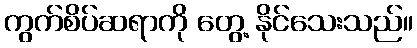
ကွက်စိပ်ဆရာကို တွေ့ နိုင်သေးသည်။